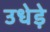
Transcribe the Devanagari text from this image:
उधेड़े